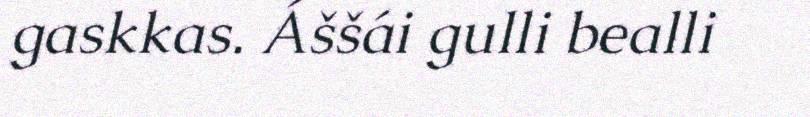
gaskkas. Áššái gulli bealli